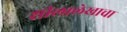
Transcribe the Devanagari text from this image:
शीलालेखाचा